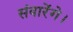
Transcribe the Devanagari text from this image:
संवारेंगे।